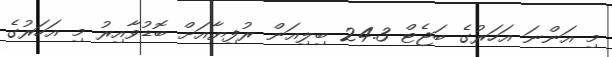
މި އަންނަ އަހަރުގެ ބަޖެޓް 24.3 ބިލިއަން ރުފިޔާއަށް ބޮޑުވާއިރު މި އަހަރުގެ